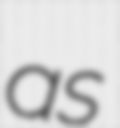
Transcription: as